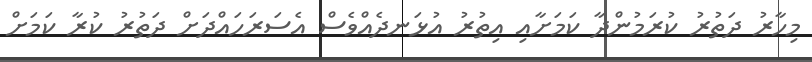
މިހާރު ދަތުރު ކުރަމުންދާ ކަމަށާއި އިތުރު އުޅަނދެއްވެސް އެސަރަހައްދަށް ދަތުރު ކުރާ ކަމަށް